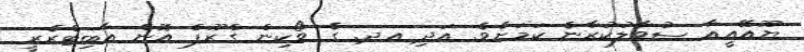
ޔޫއޭއީއާ ސުވާލުކުރާނެ ކަމަށެވެ. އަދި އދ. ގެ ވޯކިން ގްރޫޕް އޮން އާބިޓްރެރީ